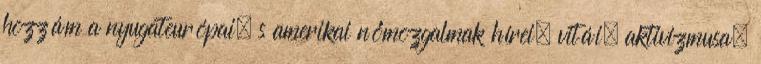
hozzám a nyugateurópai, s amerikai nőmozgalmak hírei, vitái, aktivizmusa,